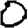
Digit: 0